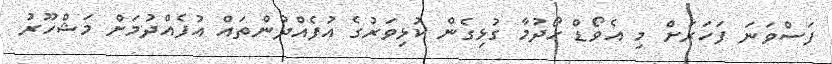
ފަސްވަނަ ފަހަރަށް މި އެވޯޑް ހޯދުމާ ގުޅިގެން ކުޅިވަރުގެ އުފެއްދުންތައް އުފެއްދުމަށް މަޝްހޫރު